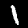
Digit: 1